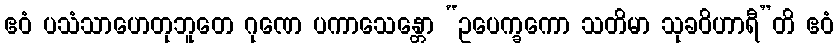
ဧဝံ ပသံသာဟေတုဘူတေ ဂုဏေ ပကာသေန္တော “ဥပေက္ခကော သတိမာ သုခဝိဟာရီ”တိ ဧဝံ